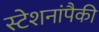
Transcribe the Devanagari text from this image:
स्टेशनांपैकी